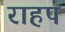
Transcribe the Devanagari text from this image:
राहप